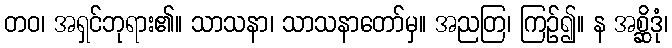
တဝ၊ အရှင်ဘုရား၏။ သာသနာ၊ သာသနာတော်မှ။ အညတြ၊ ကြဉ်၍။ န အစ္ဆိဒုံ၊